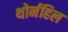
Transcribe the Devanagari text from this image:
थोर्नहिल